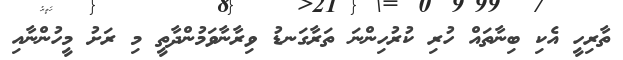
ތާރިހީ އެކި ބިނާތައް ހުރި ކުރުހިންނަ ތަރާގަނޑު ވިރާނާވަމުންދާތީ މި ރަށު މީހުންނާއި